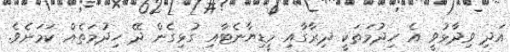
އަދި ވިދާޅުވީ އެ ހިދުމަތަކީ ދިރާގާއި މީޑިޔާނެޓާއި ގުޅިގެން ދޭ ހިދުމަތެއް ކަމަށެވެ.